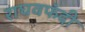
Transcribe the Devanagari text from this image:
राघवफंदी